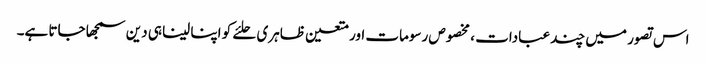
اس تصور میں چند عبادات ، مخصوص رسومات اور متعین ظاہری حلئے کو اپنا لینا ہی دین سمجھا جاتا ہے۔